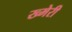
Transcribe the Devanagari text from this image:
ख्मेरी